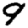
Digit: 9